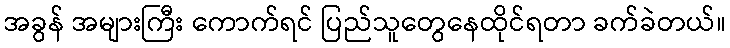
အခွန် အများကြီး ကောက်ရင် ပြည်သူတွေနေထိုင်ရတာ ခက်ခဲတယ်။